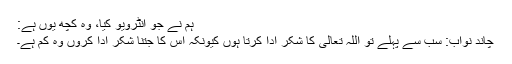
ہم نے جو انٹرویو کیا، وہ کچھ یوں ہے:
چاند نواب: سب سے پہلے تو اللہ تعالیٰ کا شکر ادا کرتا ہوں کیونکہ اس کا جتنا شکر ادا کروں وہ کم ہے۔